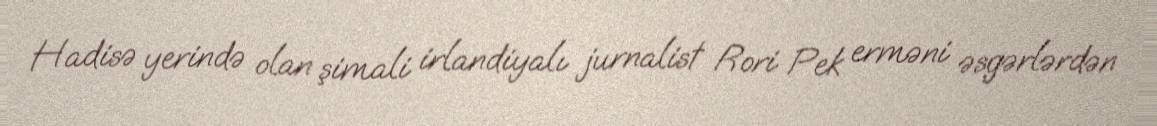
Hadisə yerində olan şimali irlandiyalı jurnalist Rori Pek erməni əsgərlərdən